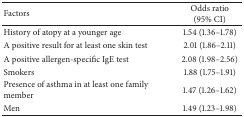
| Factors | Odds ratio (95% CI) |
 | --- | --- |
 | History of atopy at a younger age | 1.54 (1.36–1.78) |
 | A positive result for at least one skin test | 2.01 (1.86–2.11) |
 | A positive allergen-specific IgE test | 2.08 (1.98–2.56) |
 | Smokers | 1.88 (1.75–1.91) |
 | Presence of asthma in at least one family member | 1.47 (1.26–1.62) |
 | Men | 1.49 (1.23–1.98) |